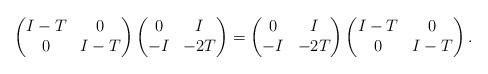
LaTeX: \begin{align*}\begin{pmatrix}I-T & 0\\0 & I-T\end{pmatrix}\begin{pmatrix}0 & I\\-I & -2T\end{pmatrix}=\begin{pmatrix}0 & I\\-I & -2T\end{pmatrix}\begin{pmatrix}I-T & 0\\0 & I-T\end{pmatrix}.\end{align*}